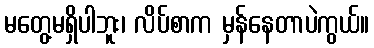
မတွေ့မရှိပါဘူး၊ လိပ်စာက မှန်နေတာပဲကွယ်။